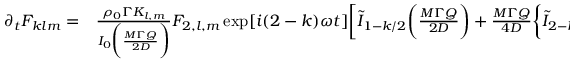
\begin{array} { r l } { \partial _ { t } F _ { k l m } = } & { { } \frac { \rho _ { 0 } \Gamma K _ { l , m } } { I _ { 0 } \bigg ( \frac { M \Gamma Q } { 2 D } \bigg ) } F _ { 2 , l , m } \exp [ i ( 2 - k ) \omega t ] \bigg [ \tilde { I } _ { 1 - k / 2 } \bigg ( \frac { M \Gamma Q } { 2 D } \bigg ) + \frac { M \Gamma Q } { 4 D } \bigg \{ \tilde { I } _ { 2 - k / 2 } \bigg ( \frac { M \Gamma Q } { 2 D } \bigg ) - \tilde { I } _ { - k / 2 } \bigg ( \frac { M \Gamma Q } { 2 D } \bigg ) \bigg \} \bigg ] } \end{array}